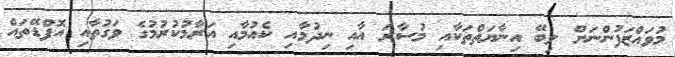
މުވައްޒަފުންނަށް ލިބޭ އިނާޔަތްތަކާއި މުސާރަ އާއި ނިދުމާއި ކެއުމާއި އަރާމުކުރުމުގެ ވަގުތާއި އޮފްޑޭތައް